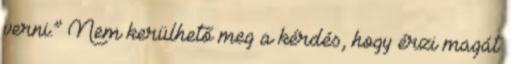
verni.” Nem kerülhető meg a kérdés, hogy érzi magát